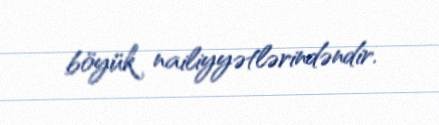
böyük nailiyyətlərindəndir.